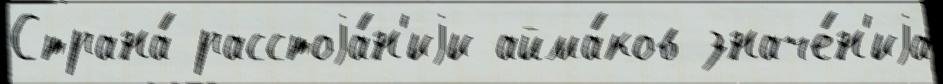
Страна́ расстоjа́н'иjи айма́ков значе́н'иjа